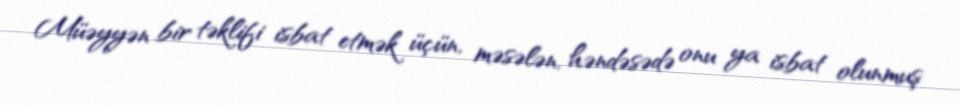
Müəyyən bir təklifi isbat etmək üçün, məsələn, həndəsədə onu ya isbat olunmuş